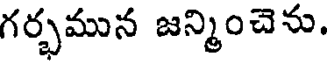
గర్భమున జన్మించెను.